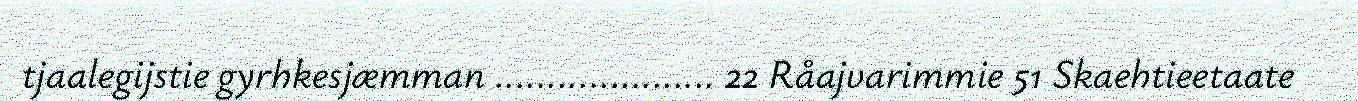
tjaalegijstie gyrhkesjæmman ..................... 22 Råajvarimmie 51 Skaehtieetaate